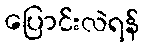
ပြောင်းလဲရန်